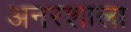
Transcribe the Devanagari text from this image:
अनरशाला